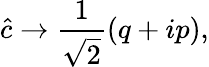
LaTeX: \hat{c}\to\frac{1}{\sqrt{2}}(q+ip),